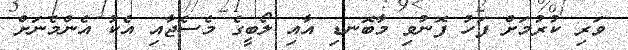
ވަރި ކުރުމަށް ފަހު ފޮނުވި މާބޮނޑި އާއި ލޯބީގެ މެސެޖާއި އެކު އެންމެނަށް